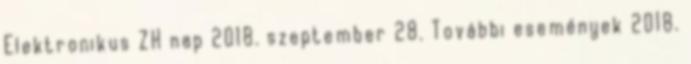
Elektronikus ZH nap 2018. szeptember 28. További események 2018.